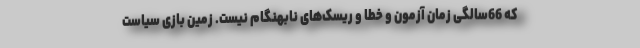
که 66‌سالگی زمان آزمون و خطا و ریسک‌های نابهنگام نیست. زمین بازی سیاست